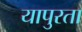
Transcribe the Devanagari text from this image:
यापुरता